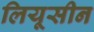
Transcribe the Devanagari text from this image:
लियूसीन